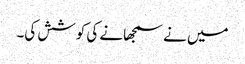
میں نے سمجھانے کی کوشش کی۔